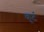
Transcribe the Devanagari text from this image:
कूर्ट